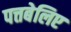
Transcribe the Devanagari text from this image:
पत्तबेलिए